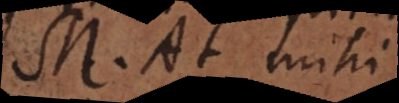
M. At mihi